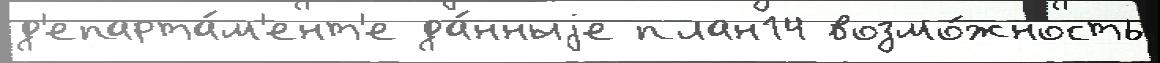
д'епарта́м'ент'е да́нныjе план14 возмо́жность